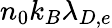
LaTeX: n_{0}k_{B}\lambda_{D,e}